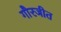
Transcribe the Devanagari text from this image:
गौरजीत